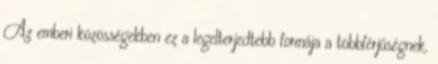
Az emberi közösségekben ez a legelterjedtebb formája a többférjűségnek,